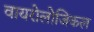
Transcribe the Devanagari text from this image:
वायरोलोजिकल